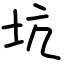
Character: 坑